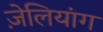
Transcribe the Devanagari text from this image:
ज़ेलियांग